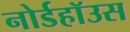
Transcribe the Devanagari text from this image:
नोर्डहॉउस